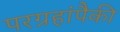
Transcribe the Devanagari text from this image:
परग्रहांपैकी